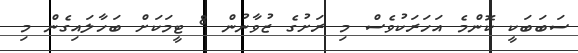
ސަބަބަކީ ކޮންމެ އަހަރަކުވެސް މި ރަށުގެ ޒުވާނުން 8 ޓީމަކަށް ބަހާލައިގެން މި